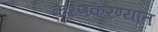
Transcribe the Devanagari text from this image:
करणकरण्यात